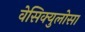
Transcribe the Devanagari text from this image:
वेसिक्युलोसा